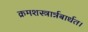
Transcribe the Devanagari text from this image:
क्रमशस्त्रार्न्नबार्धत।